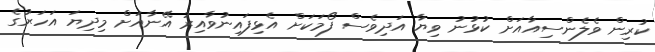
ކުރިން ވެލެންސިއާއަށް ކުޅުނު ވިޔާ އަދިވެސް ފޯމަކަށް އެޅިފައިނުވާއިރު އޭނާއަށް މިދިޔަ އަހަރުގެ